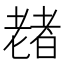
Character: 𫅶